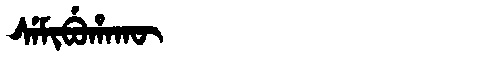
Manchu: ᠰᡝᠮᡳᠪᡠᡥᠠᡴᡡ
Romanization: SEMIBUHAKŪ